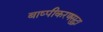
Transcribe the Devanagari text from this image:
बाष्पीकरणसुद्धा